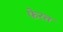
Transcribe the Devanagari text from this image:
फेरत